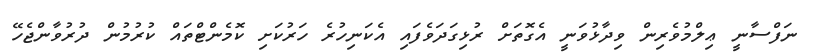
ނަފްސާނީ ޢިލްމުވެރިން ވިދާޅުވަނީ އެގޮތަށް ރުޅިގަދަވެފައި އެކަނިހުރެ ހަރުކަށި ކޮމެންޓްތައް ކުރުމުން ދުރުވާންޖެހޭ